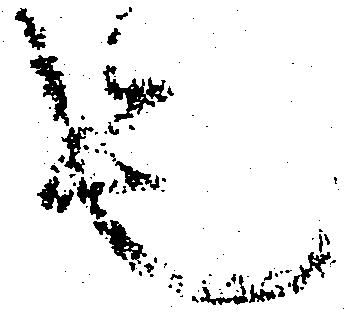
也